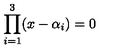
\prod _ { i = 1 } ^ { 3 } ( x - \alpha _ { i } ) = 0